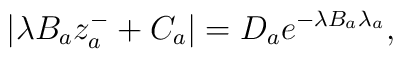
| \lambda B_a z_a^- + C_a | = D_a e^{- \lambda B_a \lambda_a},